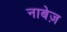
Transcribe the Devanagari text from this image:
नाबेज़